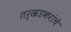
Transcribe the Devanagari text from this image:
तर्खडकरांचे